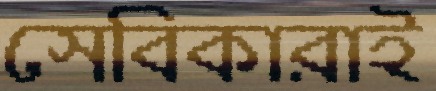
সেবিকারাই